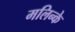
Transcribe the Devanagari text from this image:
मलिन्के